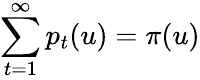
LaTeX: \sum_{t=1}^{\infty}p_{t}(u)=\pi(u)